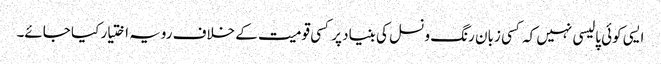
ایسی کوئی پالیسی نہیں کہ کسی زبان رنگ و نسل کی بنیاد پر کسی قومیت کے خلاف رویہ اختیار کیا جائے۔